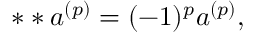
* * a ^ { ( p ) } = ( - 1 ) ^ { p } a ^ { ( p ) } ,